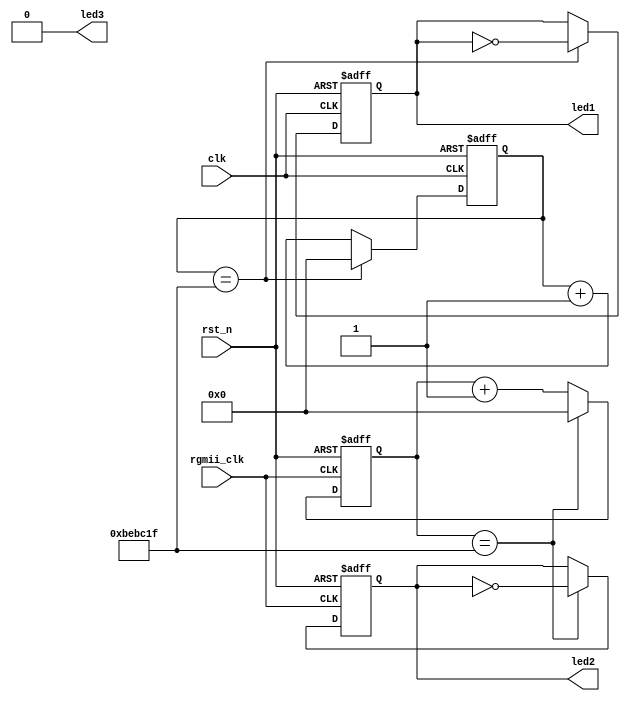
`timescale 1ns / 1ps
//////////////////////////////////////////////////////////////////////////////////
// Company: 
// Engineer: 
// 
// Design Name: 
// Module Name:    led 
// Project Name: 
// Target Devices: 
// Tool versions: 
// Description: 
//
// Dependencies: 
//
// Revision: 
// Revision 0.01 - File Created
// Additional Comments: 
//
//////////////////////////////////////////////////////////////////////////////////
module led(
	input  clk,
	input  rgmii_clk,
	input  rst_n,
	output reg led1,
	output reg led2,
	output 	   led3 
);
	 
	reg [25:0]cnt1;
	always @ (posedge clk or negedge rst_n)begin
		if(!rst_n)begin
			cnt1 <= 0;
			led1 <= 0;
		end
		else if(cnt1 == 12_500_000-1)begin
			cnt1 <= 0;
			led1 <= ~led1;
		end
		else begin
			cnt1 <= cnt1 + 1'b1;
			led1 <= led1;
		end
	end
	
	reg [25:0]cnt2;
	always @ (posedge rgmii_clk or negedge rst_n)begin
		if(!rst_n)begin
			cnt2 <= 0;
			led2 <= 0;
		end
		else if(cnt2 == 12_500_000-1)begin
			cnt2 <= 0;
			led2 <= ~led2;
		end
		else begin
			cnt2 <= cnt2 + 1'b1;
			led2 <= led2;
		end
	end
	
	assign led3 = 1'b0;
	
endmodule